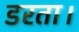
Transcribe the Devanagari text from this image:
डरता।